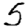
Digit: 5